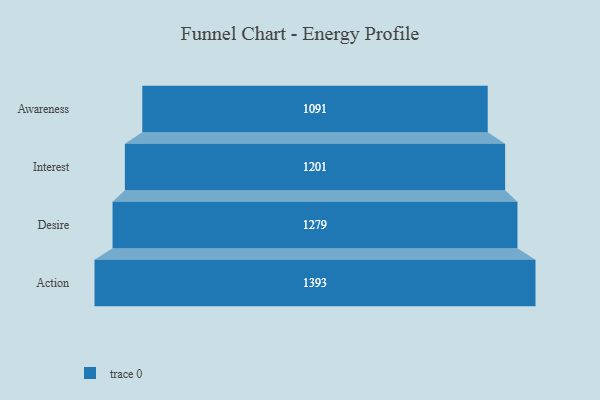
{"axis": {"x": "Stage", "y": "Value"}, "legend": [""], "data": [{"x": "Awareness", "y": 1091.0, "type": ""}, {"x": "Interest", "y": 1201.0, "type": ""}, {"x": "Desire", "y": 1279.0, "type": ""}, {"x": "Action", "y": 1393.0, "type": ""}]}